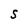
Character: S